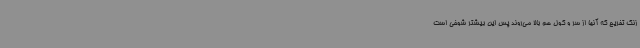
زنگ تفریح که آنها از سر و کول هم بالا می‌روند پس این بیشتر شوخی است